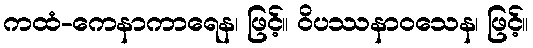
ကထံ-ကေနာကာရေန၊ ဖြင့်။ ဝိပဿနာဝသေန၊ ဖြင့်။